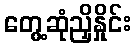
တွေ့ဆုံညှိနှိုင်း